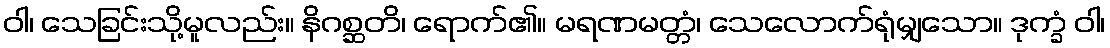
ဝါ၊ သေခြင်းသို့မူလည်း။ နိဂစ္ဆတိ၊ ရောက်၏။ မရဏမတ္တံ၊ သေလောက်ရုံမျှသော။ ဒုက္ခံ ဝါ၊